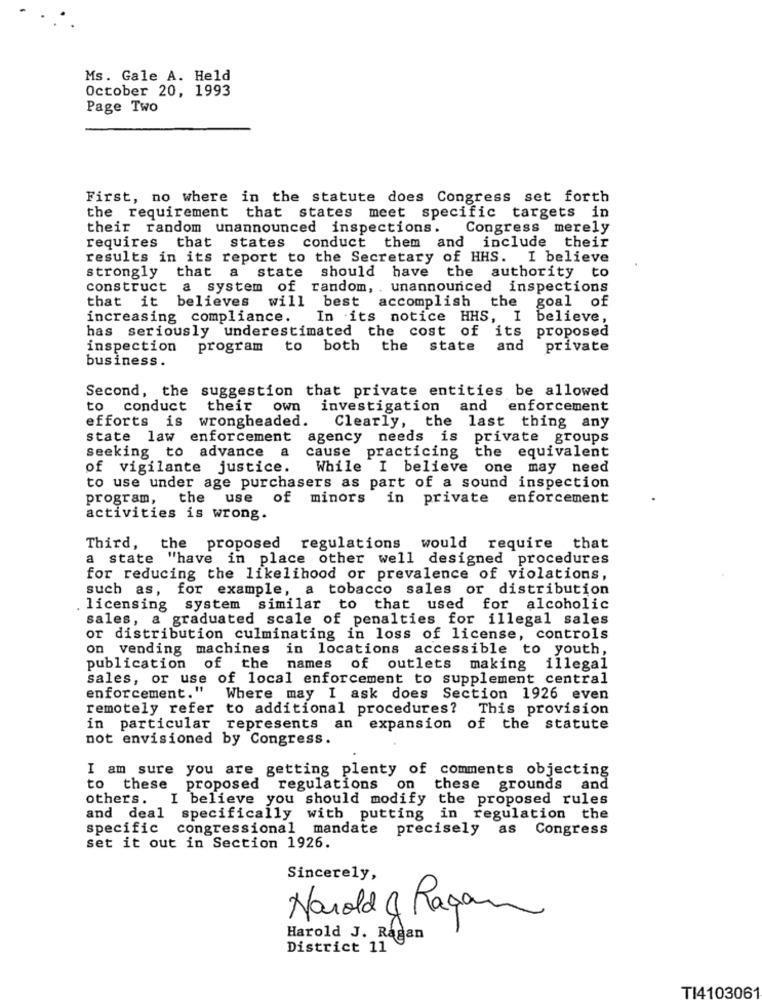
Ms. Gale A. Held
October 20, 1993
Page Two
First, no where in the statute does Congress set forth
the requirement that states meet specific targets in
their random unannounced inspections.
Congress merely
requires that states conduct them and include their
results in its report to the Secretary of HHS. I believe
strongly that a state should have the authority to
construct a system of random, . unannounced inspections
that it believes will best accomplish the goal of
increasing compliance. In its notice HHS, I believe,
has seriously underestimated the cost of its proposed
inspection
program to both the state
and
private
business.
Second, the suggestion that private entities be allowed
to conduct
their own investigation and enforcement
efforts is
wrongheaded.
Clearly, the last thing any
state law enforcement agency needs is private groups
Seeking to advance a
cause practicing the equivalent
of vigilante justice.
While I believe one may need
to use under age purchasers as part of a sound inspection
program,
the use of
minors
in private enforcement
activities is wrong.
Third, the proposed regulations would require that
a state "have in place other well designed procedures
for reducing the likelihood or prevalence of violations,
such as, for example, a tobacco sales or distribution
licensing system similar to that used for alcoholic
sales, a graduated scale of penalties for illegal sales
or distribution culminating in loss of license, controls
on vending machines in locations accessible to youth,
publication of the
names of outlets
making illegal
sales, or use of local enforcement to supplement central
enforcement." Where may I ask does Section 1926 even
remotely refer to additional procedures?
This provision
in particular represents an expansion of the statute
not envisioned by Congress.
I am sure you are getting plenty of comments objecting
to these proposed regulations on
these grounds and
others. I believe you should modify the proposed rules
and deal specifically with putting in regulation the
specific congressional mandate precisely
as Congress
set it out in Section 1926.
Sincerely,
Narold & Ragan
Harold J. Ragan
District 11
TI4103061